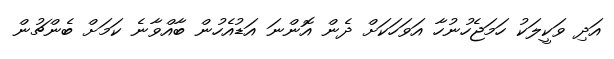
އަދި ވަކީލަކު ހަމަޖެހުނުހާ އަވަހަކަށް ދެން އޮންނަ އަޑުއެހުން ބާއްވާނެ ކަމަށް ބެންޗުން